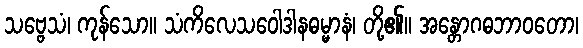
သဗ္ဗေသံ၊ ကုန်သော။ သံကိလေသဝေါဒါနဓမ္မာနံ၊ တို့၏။ အန္တောဂဓဘာဝတော၊